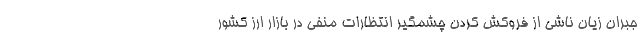
جبران زیان ناشی از فروکش کردن چشمگیر انتظارات منفی در بازار ارز کشور